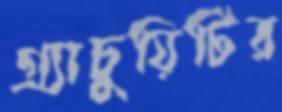
গ্র্যাচুয়িটির